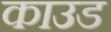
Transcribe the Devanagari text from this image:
काउड